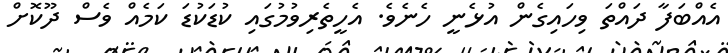
އެއްބަފާ ދައްތަ ވިހައިގެން އުޅެނީ ހެނެވެ. އެހީތެރިވުމުގައި ކުޑަކުޑަ ކަމެއް ވެސް ދޫކޮށް